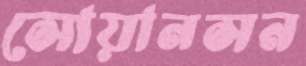
সোয়ানসন